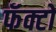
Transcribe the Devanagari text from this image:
फॅक्टो